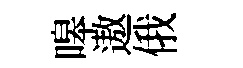
嗥遨俄